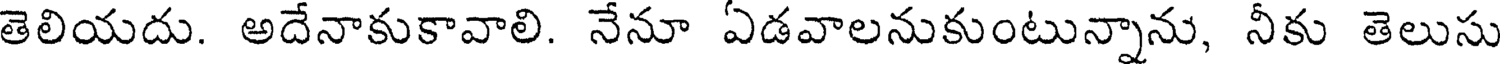
తెలియదు. అదేనాకుకావాలి. నేనూ ఏడవాలనుకుంటున్నాను, నీకు తెలుసు